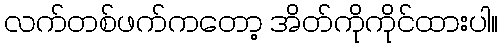
လက်တစ်ဖက်ကတော့ အိတ်ကိုကိုင်ထားပါ။